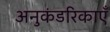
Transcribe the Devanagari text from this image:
अनुकंडरिकाएँ